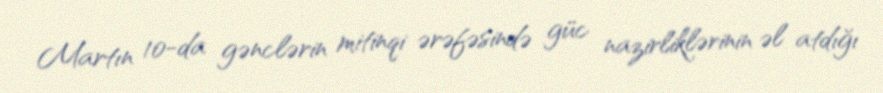
Martın 10-da gənclərin mitinqi ərəfəsində güc nazirliklərinin əl atdığı